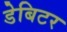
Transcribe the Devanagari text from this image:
डेबिटर